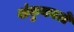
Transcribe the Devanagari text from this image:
शंकुकाटों